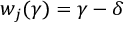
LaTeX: w _ { j } ( \gamma ) = \gamma - \delta